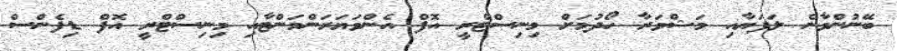
ބޭނުންވާނެ ލަފަޔާއި މަޝްވަރާ ހޯދުމަށް މިނިސްޓްރީ އޮފް އެންވަޔަރަންމަންޓާއި މިނިސްޓްރީ އޮފް ޑިފެންސް